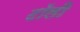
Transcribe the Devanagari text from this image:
टॉली